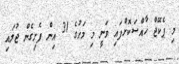
މި ޕެކޭޖް ޚާއްސަކޮށްފައި ވަނީ މި މަހުގެ 31 އިން ފެށިގެން ޖުލައި